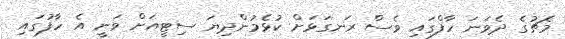
މެޗުގެ ދެވަނަ ހާފްގައި ވެސް ރަނގަޅަށް ކުޅެމުންދިޔަ ސިޓީއަށް ވަނީ އެ ހާފުގައި